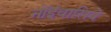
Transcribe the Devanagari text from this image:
नोंइंवासिवे